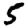
Digit: 5